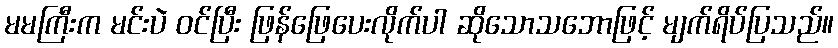
မမကြီးက မင်းပဲ ဝင်ပြီး ဖြန်ဖြေပေးလိုက်ပါ ဆိုသောသဘောဖြင့် မျက်ရိပ်ပြသည်။